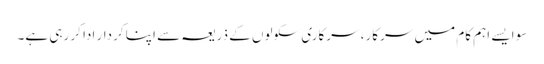
سو ایسے اہم کام میں سرکار، سرکاری سکولوں کے ذریعہ سے اپنا کردار ادا کر رہی ہے۔